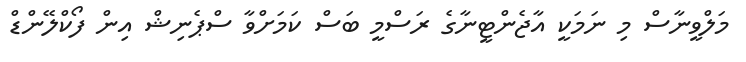
މަލްވީނާސް މި ނަމަކީ އާޖެންޓީނާގެ ރަސްމީ ބަސް ކަމަށްވާ ސްޕެނިޝް އިން ފޯކްލޭންޑް